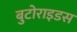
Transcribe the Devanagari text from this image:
बुटोराइडस